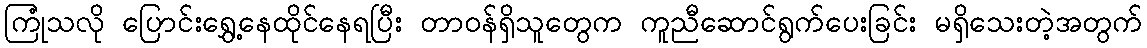
ကြုံသလို ပြောင်းရွှေ့နေထိုင်နေရပြီး တာဝန်ရှိသူတွေက ကူညီဆောင်ရွက်ပေးခြင်း မရှိသေးတဲ့အတွက်